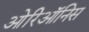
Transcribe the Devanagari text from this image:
ओरिऑनिस